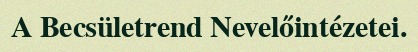
A Becsületrend Nevelőintézetei.